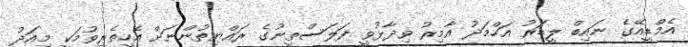
އެމްޑީއޭގެ ނައިބް ލީޑަރު އަހްމަދު އާމިރު ވިދާޅުވީ ފަލަސްތީނުގެ ރައްޔިތުންނަށް އެހީތެރިވުމަކީ މިއަދު